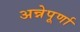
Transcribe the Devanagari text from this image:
अन्नेपूर्णा